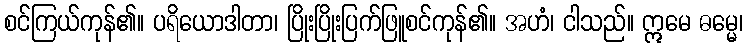
စင်ကြယ်ကုန်၏။ ပရိယောဒါတာ၊ ပြိုးပြိုးပြက်ဖြူစင်ကုန်၏။ အဟံ၊ ငါသည်။ ဣမေ ဓမ္မေ၊